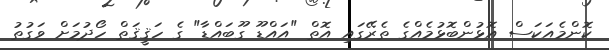
ކޮންމެއަކަސް އޮޅުންބޮޅުމެއްގެ ތެރޭގައި އޮތް "އައްޑޫ ގޫބައްޑާ" ގެ ހަޤީޤަތް ހޯދުމަށް ވަގުތު